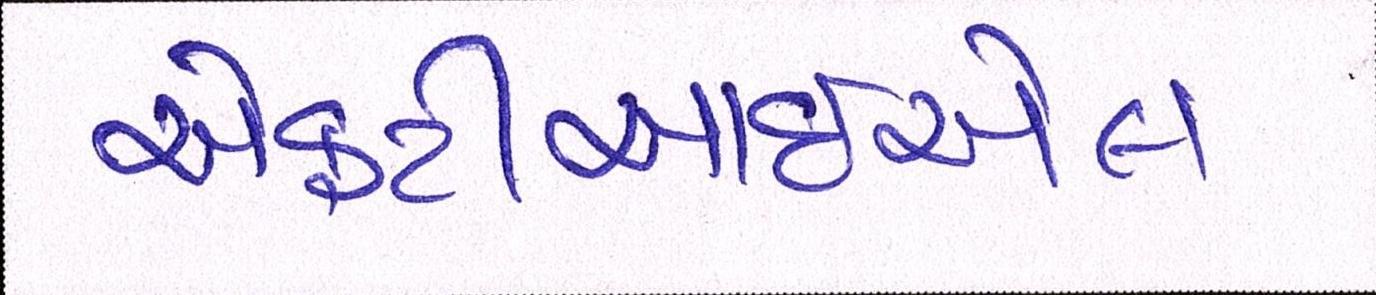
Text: એફટીઆઈએલ